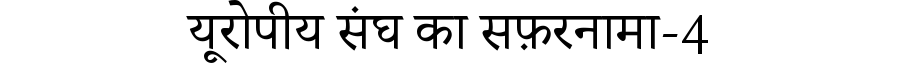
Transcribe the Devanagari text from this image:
यूरोपीय संघ का सफ़रनामा-4